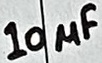
Text: 10µF